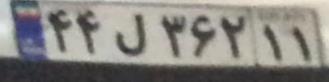
۴۴ل۳۶۲۱۱